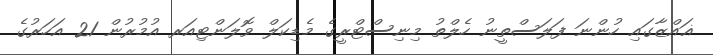
ޣައްޒާގައި ހުންނަ ފަލަސްތީނު ހެލްތު މިނިސްޓްރީގެ މެޑިކަލް ވޮލަންޓިއަރ އުމުރުން 21 އަހަރުގެ